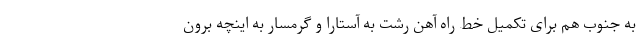
به جنوب هم برای تکمیل خط راه آهن رشت به آستارا و گرمسار به اینچه برون